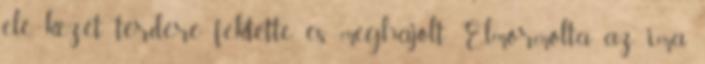
elé, kezét térdére fektette, és meghajolt. Elmormolta az ima